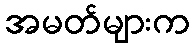
အမတ်များက